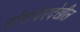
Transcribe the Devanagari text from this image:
रोगांवरदेखील